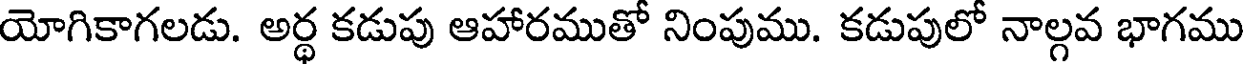
యోగికాగలడు. అర్థ కడుపు ఆహారముతో నింపుము. కడుపులో నాల్గవ భాగము